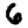
Digit: 6